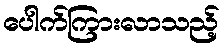
ပေါက်ကြားလာသည့်